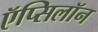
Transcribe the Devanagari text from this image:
ऍप्सिलॉन